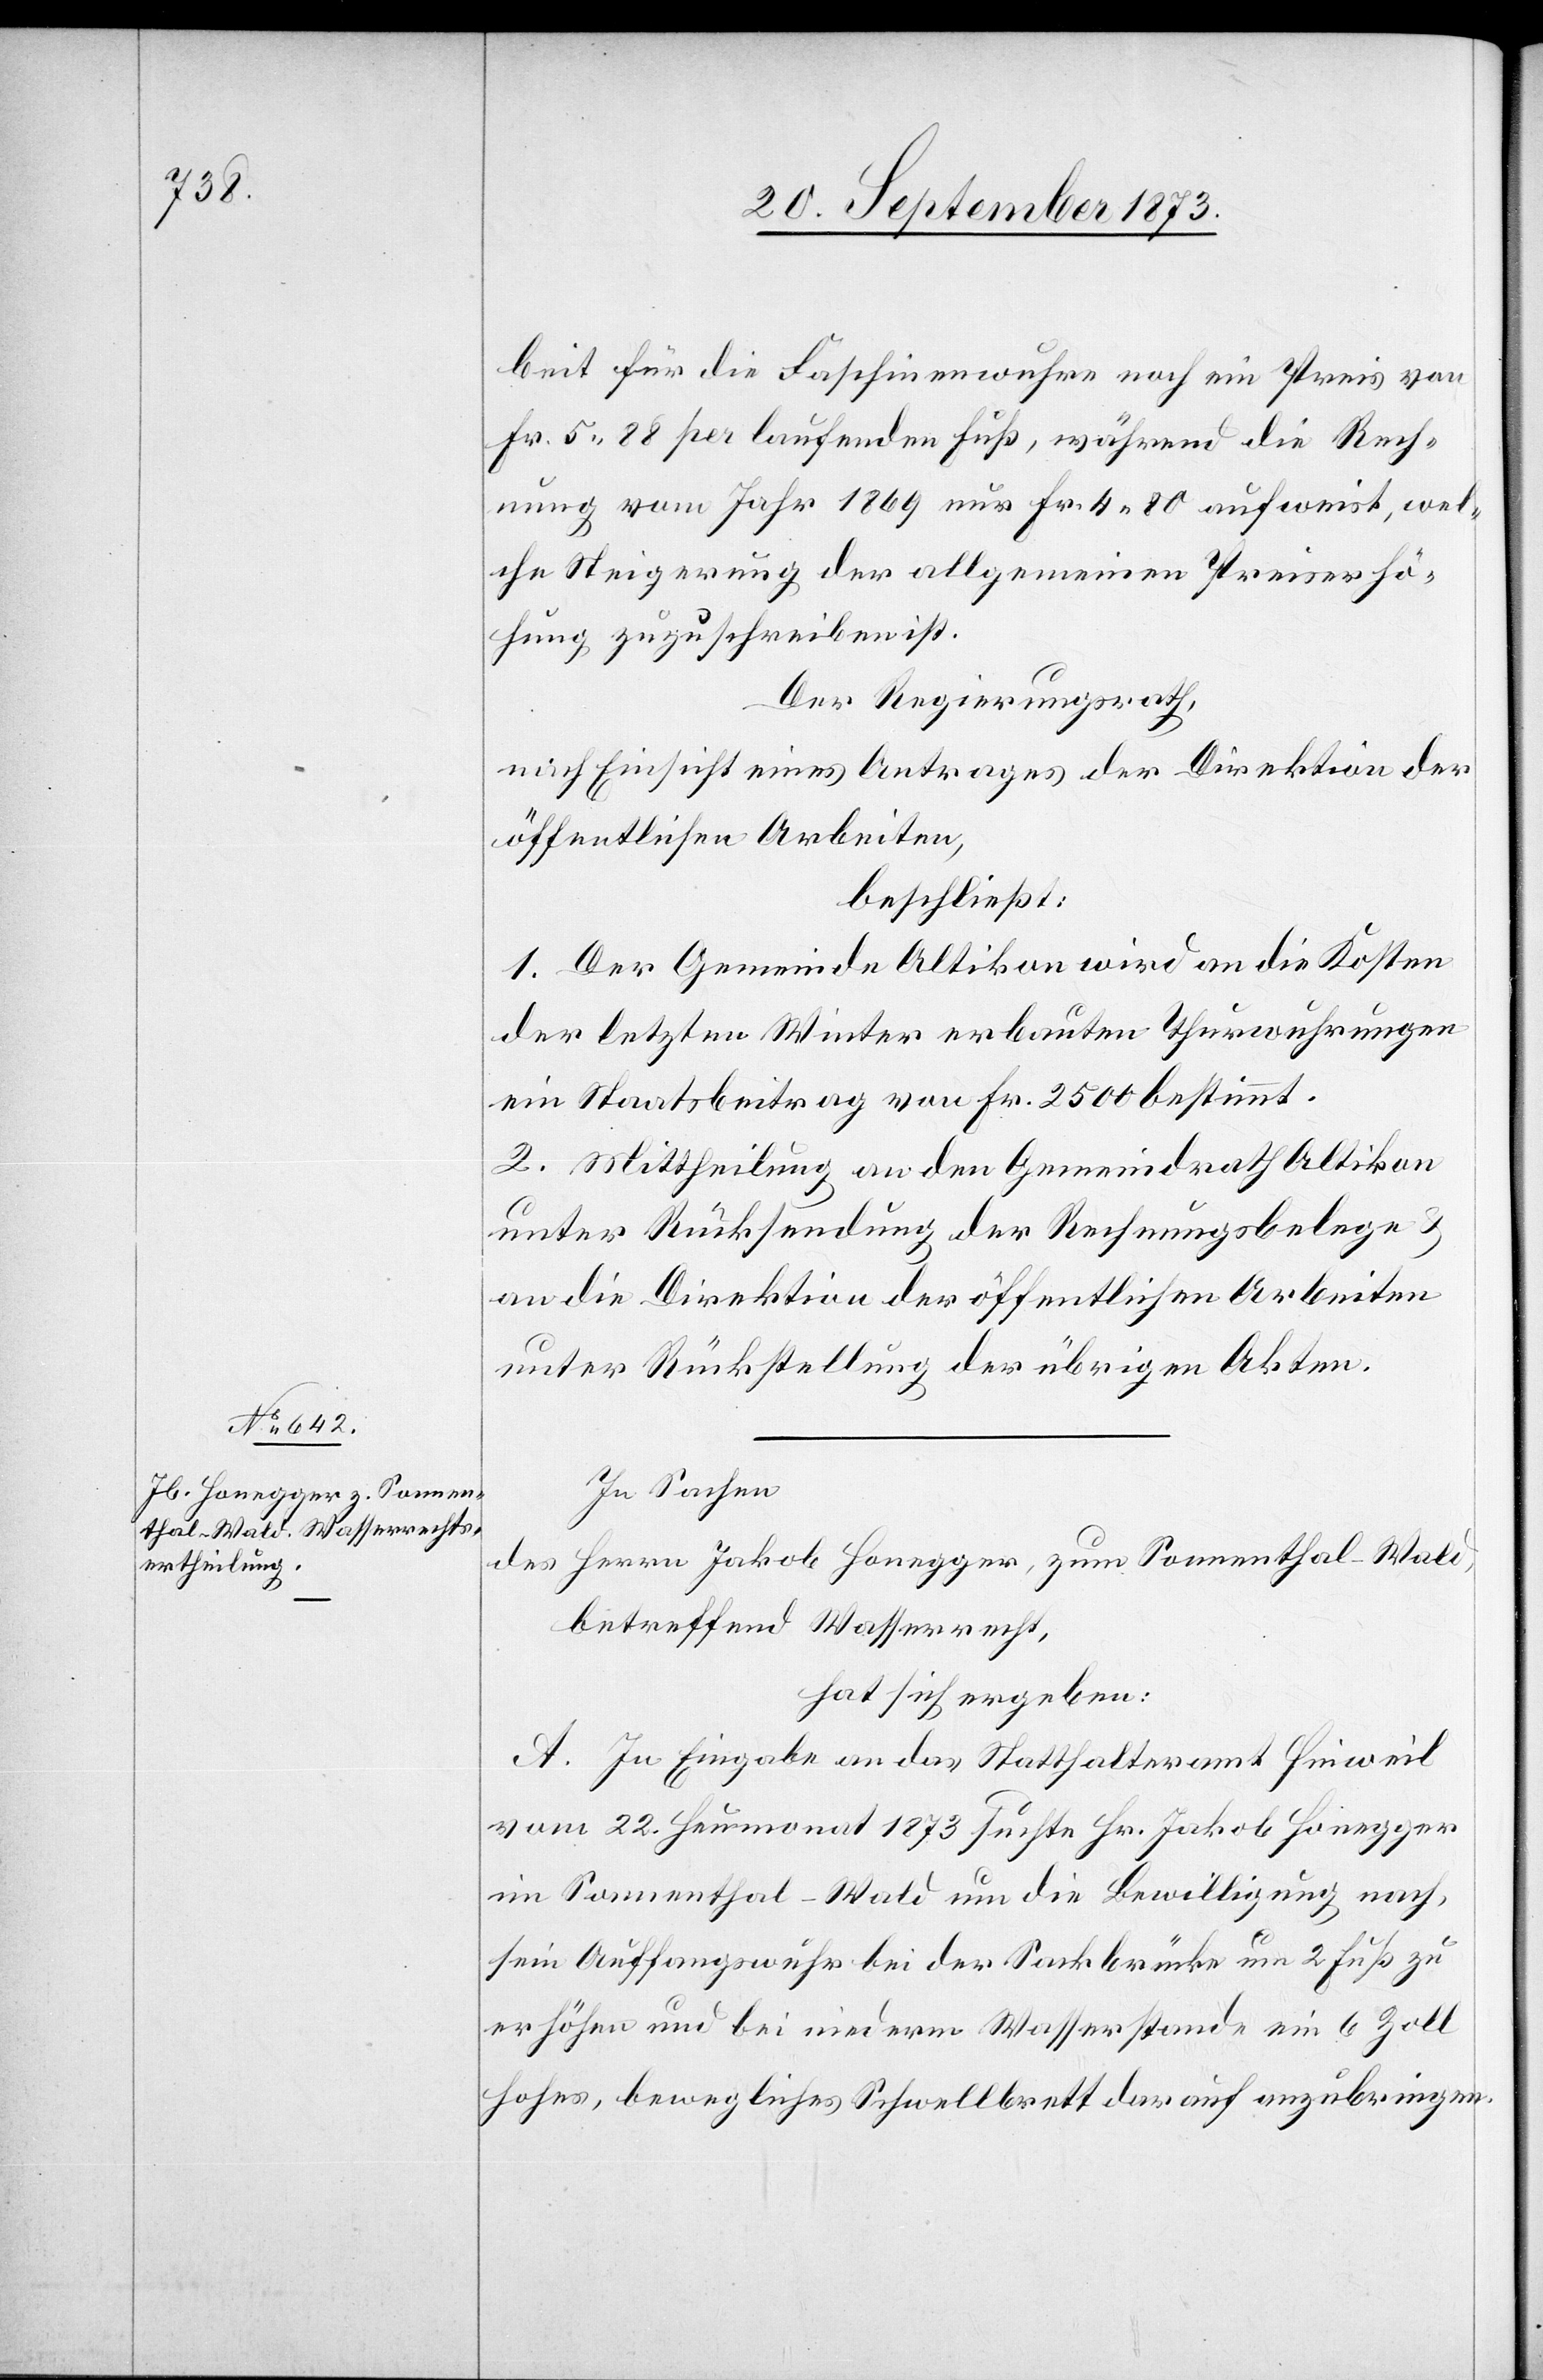
beit für die Faschinenwuhre noch ein Preis von
Fr. 5 88 per laufenden Fuß, während die Rech¬
nung vom Jahr 1869 nur Fr. 4 80 aufweist, wel¬
che Steigerung der allgemeinen Preiserhö¬
hung zuzuschreiben ist.
Der Regierungsrath,
nach Einsicht eines Antrages der Direktion der
öffentlichen Arbeiten,
beschließt:
1. Der Gemeinde Altikon wird an die Kosten
der letzten Winter erbauten Thurwuhrungen
ein Staatsbeitrag von Fr. 2 500 bestimmt.
2. Mittheilung an den Gemeindrath Altikon
unter Rücksendung der Rechnungsbelege &
an die Direktion der öffentlichen Arbeiten
unter Rückstellung der übrigen Akten.
In Sachen
des Herrn Jakob Honegger, zum Sonnenthal - Wald,
betreffend Wasserrecht,
hat sich ergeben:
A. In Eingabe an das Statthalteramt Hinweil
vom 22. Heumonat 1873 suchte Hr. Jakob Honegger
im Sonnenthal-Wald um die Bewilligung nach,
sein Auffangswuhr bei der Sackbrücke um 2 Fuß zu
erhöhen und bei niederm Wasserstande ein 6 Zoll
hohes, bewegliches Schwellbrett darauf anzubringen.